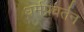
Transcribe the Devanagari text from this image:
धर्मप्रवर्तन